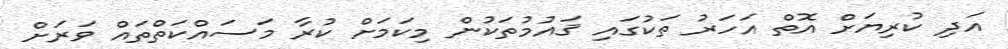
އަދި ކުރިޔަށް އޮތް އަހަރު ތަކުގައި ޤައުމުތަކުން މިކަމަށް ކުރާ މަސައްކަތްތައް ވަރަށް